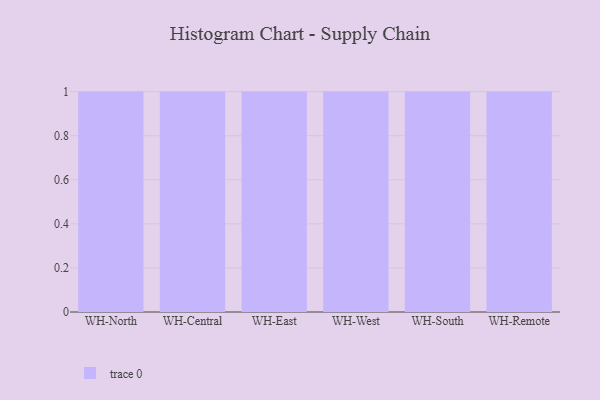
{"axis": {"x": "Warehouse", "y": "Tickets Resolved"}, "legend": [""], "data": [{"x": "WH-North", "y": 3, "type": ""}, {"x": "WH-Central", "y": 85, "type": ""}, {"x": "WH-East", "y": 35, "type": ""}, {"x": "WH-West", "y": 39, "type": ""}, {"x": "WH-South", "y": 53, "type": ""}, {"x": "WH-Remote", "y": 4, "type": ""}]}